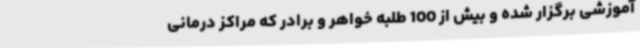
آموزشی برگزار شده و بیش از 100 طلبه خواهر و برادر که مراکز درمانی